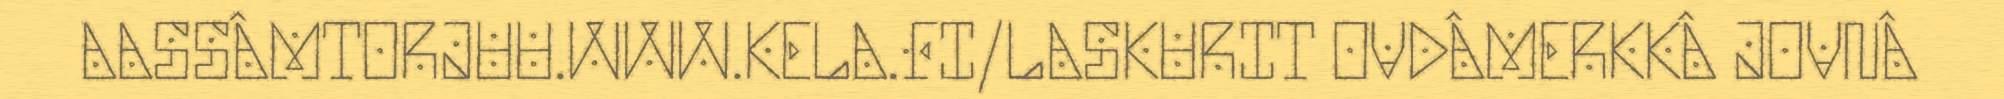
AASSÂMTORJUU.WWW.KELA.FI/LASKURIT OVDÂMERKKÂ JOVNÂ